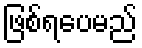
ဖြစ်ရပေမည်